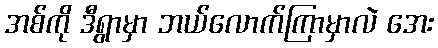
အစ်ကို ဒီရွာမှာ ဘယ်လောက်ကြာမှာလဲ အေး